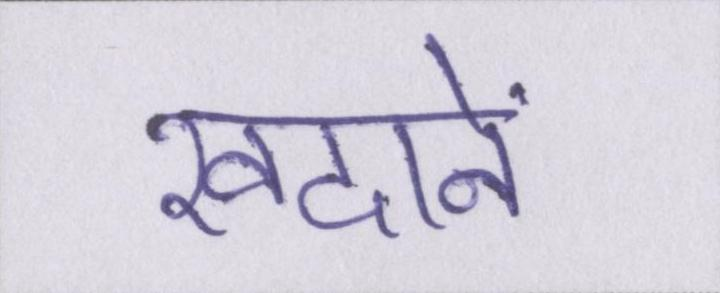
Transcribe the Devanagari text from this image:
खदानें